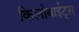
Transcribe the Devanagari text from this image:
किलोबाईट्स